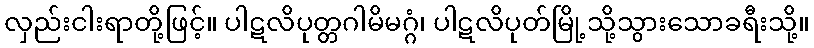
လှည်းငါးရာတို့ဖြင့်။ ပါဋလိပုတ္တဂါမိမဂ္ဂံ၊ ပါဋလိပုတ်မြို့သို့သွားသောခရီးသို့။